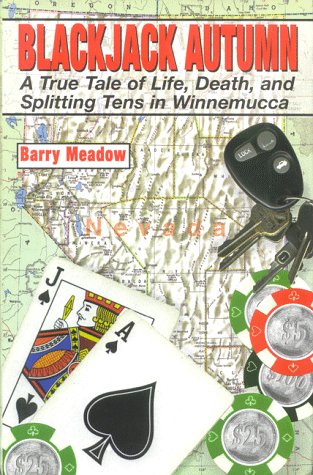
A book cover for Blackjack Autumn:  A True Tale of Life, Death, and Splitting Tens in Winnemucca; Barry Meadow; Travel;